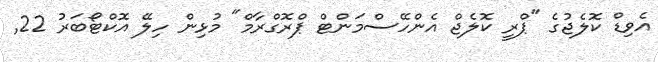
އެވިޑް ކޮލެޖުގެ "ޕްރީ ކޮލެޖް އެންހޭސްމަންޓް ޕްރޮގްރާމް" މުޅިން ހިލޭ އޮކްޓޯބަރު 22